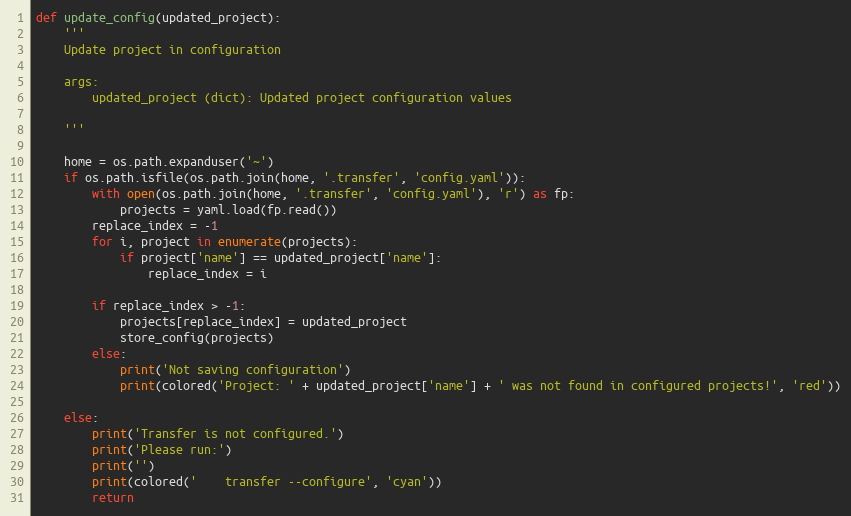
Language: Python
def update_config(updated_project):
    '''
    Update project in configuration

    args:
        updated_project (dict): Updated project configuration values

    '''

    home = os.path.expanduser('~')
    if os.path.isfile(os.path.join(home, '.transfer', 'config.yaml')):
        with open(os.path.join(home, '.transfer', 'config.yaml'), 'r') as fp:
            projects = yaml.load(fp.read())
        replace_index = -1
        for i, project in enumerate(projects):
            if project['name'] == updated_project['name']:
                replace_index = i

        if replace_index > -1:
            projects[replace_index] = updated_project
            store_config(projects)
        else:
            print('Not saving configuration')
            print(colored('Project: ' + updated_project['name'] + ' was not found in configured projects!', 'red'))

    else:
        print('Transfer is not configured.')
        print('Please run:')
        print('')
        print(colored('    transfer --configure', 'cyan'))
        return